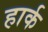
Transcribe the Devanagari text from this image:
हार्क